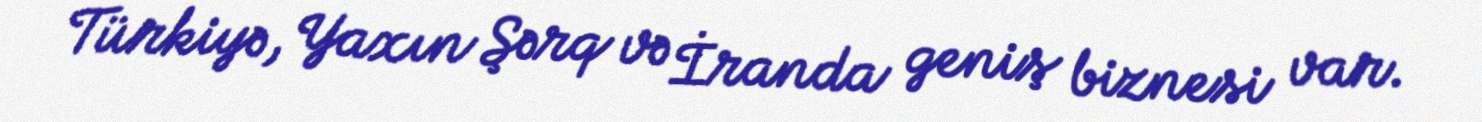
Türkiyə, Yaxın Şərq və İranda geniş biznesi var.